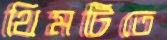
থিমটিতে